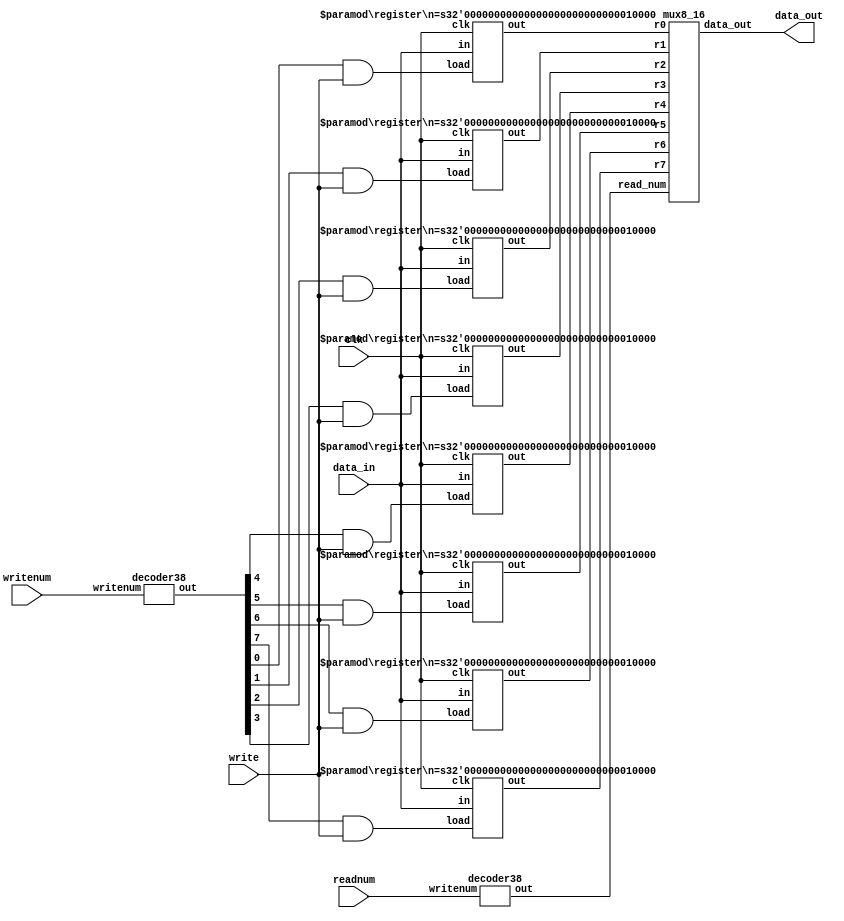
module regfile(data_in,writenum,write,readnum,clk,data_out);
  input [15:0] data_in;
  input [2:0] writenum, readnum;
  input write, clk;
  output [15:0] data_out;

  wire [7:0] registernum;     //which register to store
  wire [7:0] load;            //check write 
  wire [15:0] R0;    //registers
  wire [15:0] R1; 
  wire [15:0] R2; 
  wire [15:0] R3; 
  wire [15:0] R4; 
  wire [15:0] R5; 
  wire [15:0] R6; 
  wire [15:0] R7; 
  wire [7:0] readnum_onehot;  //which register to read     
  
 decoder38 choose(writenum, registernum); //decoder for write 
 assign load = {registernum[7] & write, registernum[6] & write,registernum[5] & write, registernum[4] & write,
          registernum[3] & write,registernum[2] & write,registernum[1] & write, registernum[0] & write};      //check status of write
  register #(16) r0 (load[0],clk,data_in,R0);           
  register #(16) r1 (load[1],clk,data_in,R1);
  register #(16) r2 (load[2],clk,data_in,R2);
  register #(16) r3 (load[3],clk,data_in,R3);
  register #(16) r4 (load[4],clk,data_in,R4);
  register #(16) r5 (load[5],clk,data_in,R5);
  register #(16) r6 (load[6],clk,data_in,R6);
  register #(16) r7 (load[7],clk,data_in,R7);

  decoder38 read(readnum, readnum_onehot);     //decoder for read 001 00000010
  mux8_16 pass(R0,R1,R2,R3,R4,R5,R6,R7,readnum_onehot, data_out); // mux to choose which register to read

endmodule

module decoder38(writenum, out);  //38decoder
    input [2:0] writenum;
    output [7:0] out;
                                                                   
     assign out[0] = ~writenum[0] & ~writenum[1] & ~writenum[2];  
     assign out[1] = writenum[0] & ~writenum[1] & ~writenum[2];
     assign out[2] = ~writenum[0] & writenum[1] & ~writenum[2];
     assign out[3] = writenum[0] & writenum[1] & ~writenum[2];
     assign out[4] = ~writenum[0] & ~writenum[1] & writenum[2];
     assign out[5] = writenum[0] & ~writenum[1] & writenum[2];
     assign out[6] = ~writenum[0] & writenum[1] & writenum[2];
     assign out[7] = writenum[0] & writenum[1] & writenum[2];
endmodule

module register(load, clk, in, out);   
   parameter n =16;
   input [n-1:0] in;
   input clk, load;
   output [n-1:0] out;
   reg [n-1:0] out;
   wire [n-1:0] next_out;
   
   assign next_out = load ? in:out; // if load is true, out = in on posedge clk
 
  always @(posedge clk)begin
     out = next_out; 
   end
endmodule

module mux8_16(r0,r1,r2,r3,r4,r5,r6,r7, read_num, data_out);
    input [15:0] r0,r1,r2,r3,r4,r5,r6,r7;
    input [7:0] read_num;
    output [15:0] data_out;
    reg [15:0] data_out;
    
    always @(*) begin          // case statements for Mux
       case(read_num)
          8'b00000001:data_out = r0; 
          8'b00000010:data_out = r1;
          8'b00000100:data_out = r2; 
          8'b00001000:data_out = r3; 
          8'b00010000:data_out = r4; 
          8'b00100000:data_out = r5; 
          8'b01000000:data_out = r6; 
          8'b10000000:data_out = r7; 
			 default:data_out = {16{1'bx}};
      endcase
     end
endmodule